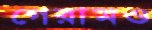
গেরামও